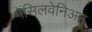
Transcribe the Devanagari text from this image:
पेंसिलवेनिअन